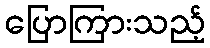
ပြောကြားသည့်